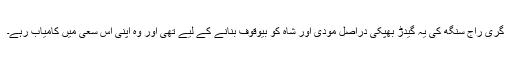
گری راج سنگھ کی یہ گیدڑ بھپکی دراصل مودی اور شاہ کو بیوقوف بنانے کے لیے تھی اور وہ اپنی اس سعی میں کامیاب رہے۔